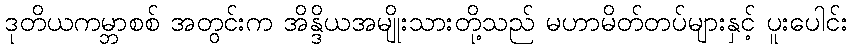
ဒုတိယကမ္ဘာစစ် အတွင်းက အိန္ဒိယအမျိုးသားတို့သည် မဟာမိတ်တပ်များနှင့် ပူးပေါင်း